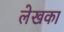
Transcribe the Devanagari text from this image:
लेखका